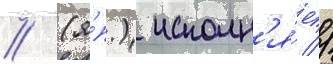
// (я́п.) исполн'я́ет //